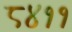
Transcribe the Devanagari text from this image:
८४११